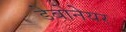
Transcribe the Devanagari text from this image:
डेबोनेयर